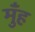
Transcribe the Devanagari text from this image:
मुँंह